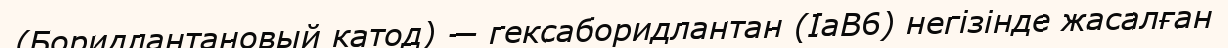
(Боридлантановый катод) — гексаборидлантан (IаВ6) негізінде жасалған